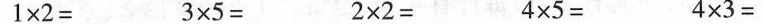
1×2= 3×5= 2×2= 4×5= 4×3=